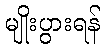
မျိုးပွားရန်